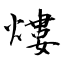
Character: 熡